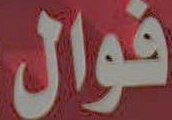
فوال